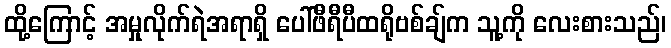
ထို့ကြောင့် အမှုလိုက်ရဲအရာရှိ ပေါ်ဖီရီပီထရိုဗစ်ချ်က သူ့ကို လေးစားသည်၊